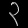
Digit: ၃